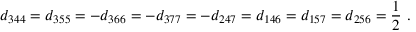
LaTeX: d _ { 3 4 4 } = d _ { 3 5 5 } = - d _ { 3 6 6 } = - d _ { 3 7 7 } = - d _ { 2 4 7 } = d _ { 1 4 6 } = d _ { 1 5 7 } = d _ { 2 5 6 } = { \frac { 1 } { 2 } } ~ .